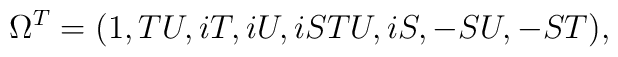
\Omega^T=(1,TU,iT,iU,iSTU,iS,-SU,-ST),